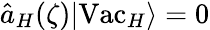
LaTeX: \hat{a}_{H}(\zeta)\vert\mathrm{Vac}_{H}\rangle=0